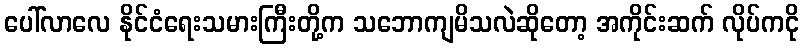
ပေါ်လာလေ နိုင်ငံရေးသမားကြီးတို့က သဘောကျမိသလဲဆိုတော့ အကိုင်းဆက် လိုပ်ကငို